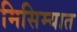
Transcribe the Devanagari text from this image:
मिसिम्यात